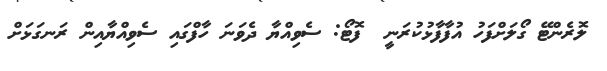
ލޮރެންޓޭ ގޯލަށްފަހު އުފާފާޅުކުރަނީ  ފޮޓޯ: ސެވިއްޔާ ދެވަނަ ހާފްގައި ސެވިއްޔާއިން ރަނގަޅަށް